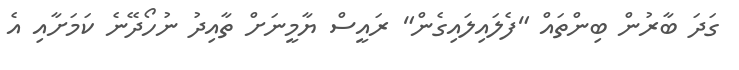
ގަދަ ބާރުން ބިންތައް "ފެލައިލައިގެން" ރައީސް ޔާމީނަށް ތާއިދު ނުހޯދޭނެ ކަމަށާއި އެ